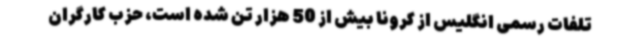
تلفات رسمی انگلیس از کرونا بیش از 50 هزار تن شده است، حزب کارگران